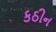
કઠીન